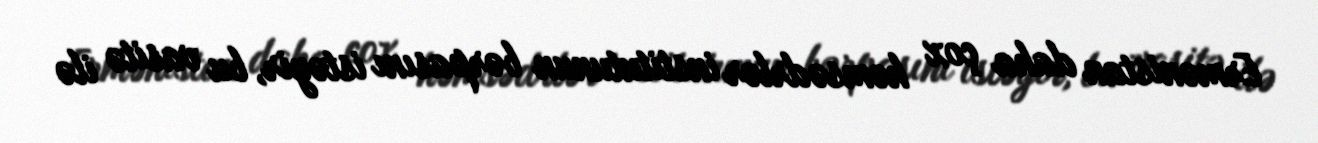
Ermənistan daha çox həmsədrlər institutunun bərpasını istəyir, bu vasitə ilə